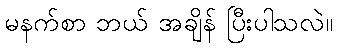
မနက်စာ ဘယ် အချိန် ပြီးပါသလဲ။